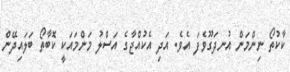
ކާކުތޯ ނިންމަން އުނދަގޫވެފަ އެވެ. އަދި އެކުއްޖާގެ އަސްލު މަންމައަކީ ކޮބާތޯ ބަލައިދޭން